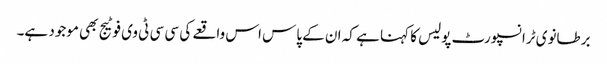
برطانوی ٹرانسپورٹ پولیس کا کہنا ہے کہ ان کے پاس اس واقعے کی سی سی ٹی وی فوٹیج بھی موجود ہے۔